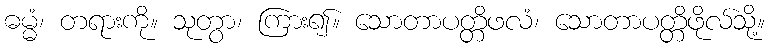
ဓမ္မံ၊ တရားကို။ သုတွာ၊ ကြား၍။ သောတာပတ္တိဖလံ၊ သောတာပတ္တိဖိုလ်သို့။